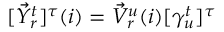
\begin{array} { r } { [ \vec { Y } _ { r } ^ { t } ] ^ { \tau } ( i ) = \vec { V } _ { r } ^ { u } ( i ) [ \gamma _ { u } ^ { t } ] ^ { \tau } } \end{array}